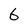
Character: 6